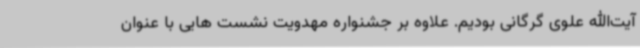
آیت‌الله علوی گرگانی بودیم. علاوه بر جشنواره مهدویت نشست هایی با عنوان